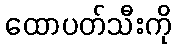
ထောပတ်သီးကို